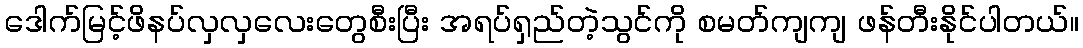
ဒေါက်မြင့်ဖိနပ်လှလှလေးတွေစီးပြီး အရပ်ရှည်တဲ့သွင်ကို စမတ်ကျကျ ဖန်တီးနိုင်ပါတယ်။